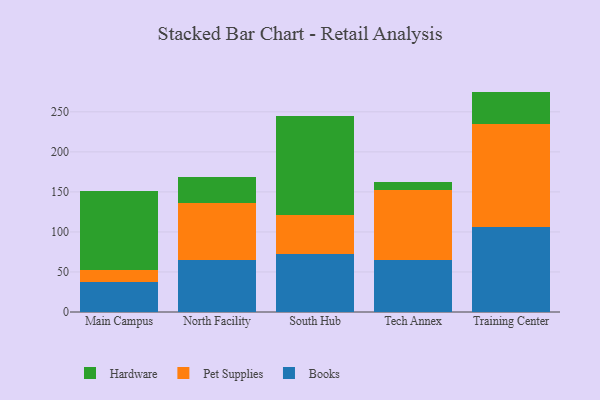
{"axis": {"x": "Campus", "y": "Website Visitors"}, "legend": ["Books", "Hardware", "Pet Supplies"], "data": [{"x": "Main Campus", "y": 38.1, "type": "Books"}, {"x": "Main Campus", "y": 13.9, "type": "Pet Supplies"}, {"x": "Main Campus", "y": 99.6, "type": "Hardware"}, {"x": "North Facility", "y": 64.6, "type": "Books"}, {"x": "North Facility", "y": 71.6, "type": "Pet Supplies"}, {"x": "North Facility", "y": 32.0, "type": "Hardware"}, {"x": "South Hub", "y": 72.6, "type": "Books"}, {"x": "South Hub", "y": 48.4, "type": "Pet Supplies"}, {"x": "South Hub", "y": 123.3, "type": "Hardware"}, {"x": "Tech Annex", "y": 65.4, "type": "Books"}, {"x": "Tech Annex", "y": 86.4, "type": "Pet Supplies"}, {"x": "Tech Annex", "y": 10.7, "type": "Hardware"}, {"x": "Training Center", "y": 106.3, "type": "Books"}, {"x": "Training Center", "y": 129.0, "type": "Pet Supplies"}, {"x": "Training Center", "y": 40.0, "type": "Hardware"}]}